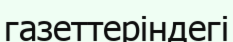
газеттеріндегі